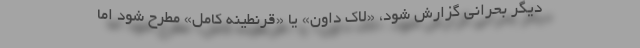
دیگر بحرانی گزارش شود، «لاک داون» یا «قرنطینه کامل» مطرح ‌شود اما